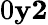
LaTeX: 0\le y\le 2